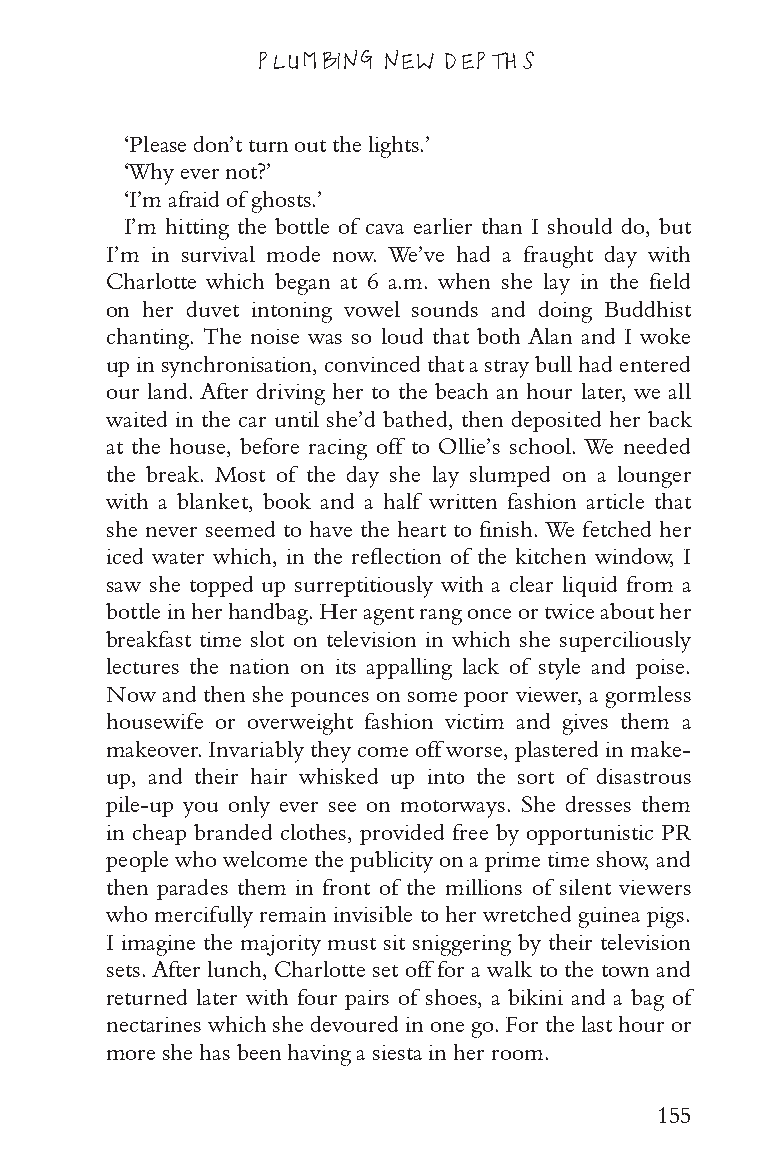
PLUMBING NEW DEPTHS
 ‘Please don’t turn out the lights.’
 ‘Why ever not?’
 ‘I’m afraid of ghosts.’
 I’m hitting the bottle of cava earlier than I should do, but
 I’m in survival mode now. We’ve had a fraught day with
 Charlotte which began at 6 a.m. when she lay in the field
 on her duvet intoning vowel sounds and doing Buddhist
 chanting. The noise was so loud that both Alan and I woke
 up in synchronisation, convinced that a stray bull had entered
 our land. After driving her to the beach an hour later, we all
 waited in the car until she’d bathed, then deposited her back
 at the house, before racing off to Ollie’s school. We needed
 the break. Most of the day she lay slumped on a lounger
 with a blanket, book and a half written fashion article that
 she never seemed to have the heart to finish. We fetched her
 iced water which, in the reflection of the kitchen window, I
 saw she topped up surreptitiously with a clear liquid from a
 bottle in her handbag. Her agent rang once or twice about her
 breakfast time slot on television in which she superciliously
 lectures the nation on its appalling lack of style and poise.
 Now and then she pounces on some poor viewer, a gormless
 housewife or overweight fashion victim and gives them a
 makeover. Invariably they come off worse, plastered in make-
 up, and their hair whisked up into the sort of disastrous
 pile-up you only ever see on motorways. She dresses them
 in cheap branded clothes, provided free by opportunistic PR
 people who welcome the publicity on a prime time show, and
 then parades them in front of the millions of silent viewers
 who mercifully remain invisible to her wretched guinea pigs.
 I imagine the majority must sit sniggering by their television
 sets. After lunch, Charlotte set off for a walk to the town and
 returned later with four pairs of shoes, a bikini and a bag of
 nectarines which she devoured in one go. For the last hour or
 more she has been having a siesta in her room.
 155